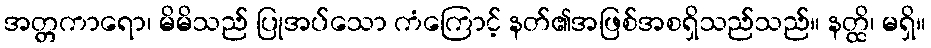
အတ္တကာရော၊ မိမိသည် ပြုအပ်သော ကံကြောင့် နတ်၏အဖြစ်အစရှိသည်သည်။ နတ္ထိ၊ မရှိ။